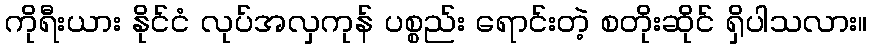
ကိုရီးယား နိုင်ငံ လုပ်အလှကုန် ပစ္စည်း ရောင်းတဲ့ စတိုးဆိုင် ရှိပါသလား။